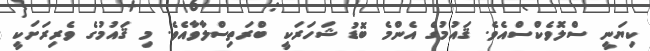
ކިޔަނީ ސްލޮވެކްސްއެވެ. ޤައުމުގެ އެންމެ ބޮޑު ޝަހަރަކީ ބްރަތިސްލާވާއެވެ. މި ޤައުމުގެ ވެރިރަށަކީ